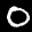
Label: 0